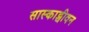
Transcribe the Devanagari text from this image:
सास्काट्चीवन